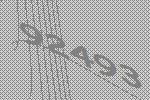
92493